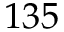
1 3 5